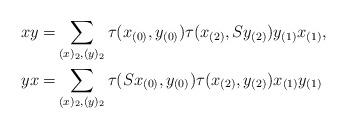
\begin{align*}xy=&\sum_{(x)_2, (y)_2}\tau(x_{(0)},y_{(0)})\tau(x_{(2)},Sy_{(2)})y_{(1)}x_{(1)},\\yx=&\sum_{(x)_2, (y)_2}\tau(Sx_{(0)},y_{(0)})\tau(x_{(2)},y_{(2)})x_{(1)}y_{(1)}\end{align*}